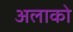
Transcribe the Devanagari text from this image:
अलाको